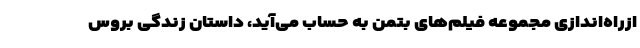
ازراه‌اندازی مجموعه فیلم‌های بتمن به حساب می‌آید، داستان زندگی بروس